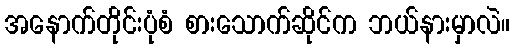
အနောက်တိုင်းပုံစံ စားသောက်ဆိုင်က ဘယ်နားမှာလဲ။